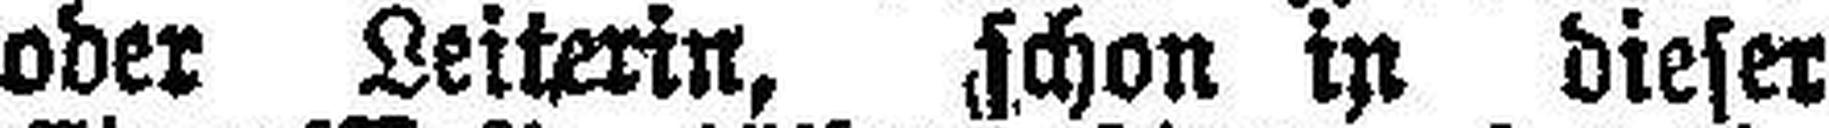
oder Leiterin, schon in dieser